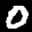
Label: 0